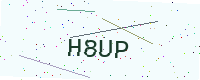
Text: H8UP